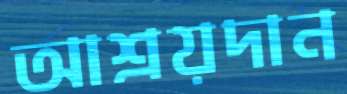
আশ্রয়দান